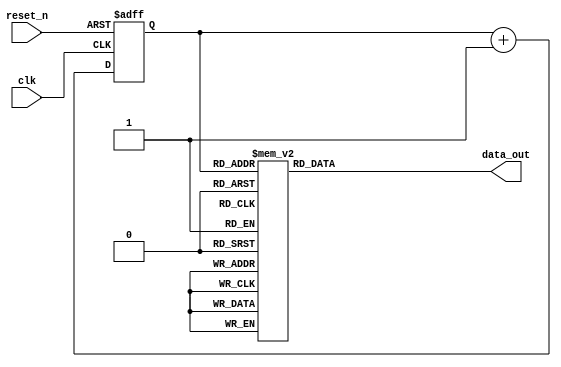
module seq_generator(data_out, reset_n, clk);

output reg data_out;
input reset_n, clk;

reg [2:0] state;
wire [2:0] next_state;

// Update state.
always @(posedge clk or negedge reset_n) begin
    if (~reset_n)
        state <= 0;
    else
        state <= next_state;
end

// Calculate next state.
assign next_state = (state == 10) ? 0 : state + 1;

// Calculate data_out.
// 01001011001
always @(state) begin
    case (state)
        0: data_out = 0;
        1: data_out = 1;
        2: data_out = 0;
        3: data_out = 0;
        4: data_out = 1;
        5: data_out = 0;
        6: data_out = 1;
        7: data_out = 1;
        8: data_out = 0;
        9: data_out = 0;
        10: data_out = 1;
        default: data_out = 0;
    endcase
end

endmodule